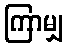
ကြာမျှ